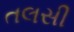
તલસી